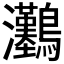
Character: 𤅽